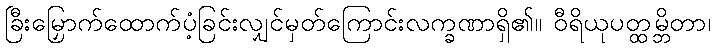
ခြီးမြှောက်ထောက်ပံ့ခြင်းလျှင်မှတ်ကြောင်းလက္ခဏာရှိ၏။ ဝီရိယုပတ္ထမ္ဘိတာ၊